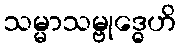
သမ္မာသမ္ဗုဒ္ဓေဟိ